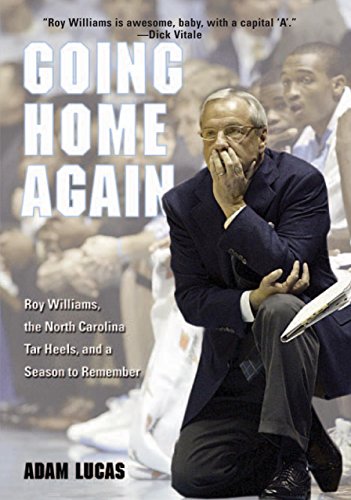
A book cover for Going Home Again: Roy Williams, the North Carolina Tar Heels, and a Season to Remember; Adam Lucas; Sports & Outdoors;